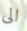
الى